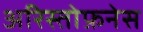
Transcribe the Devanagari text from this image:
अरिस्तोफ़नेस